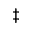
\ddag